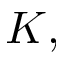
K ,